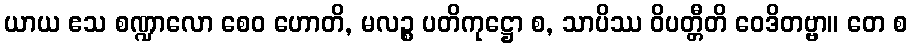
ယာယ ဧသ စဏ္ဍာလော စေဝ ဟောတိ, မလဉ္စ ပတိကုဋ္ဌော စ, သာပိဿ ဝိပတ္တီတိ ဝေဒိတဗ္ဗာ။ တေ စ